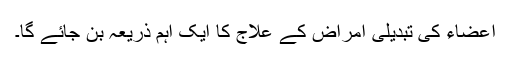
اعضاء کی تبدیلی امراض کے علاج کا ایک اہم ذریعہ بن جائے گا۔